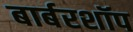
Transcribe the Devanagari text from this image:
बार्बरशॉप